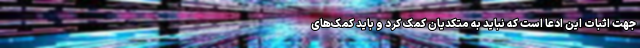
جهت اثبات این ادعا است که نباید به متکدیان کمک کرد و باید کمک‌های